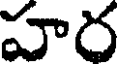
హర